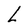
Character: L